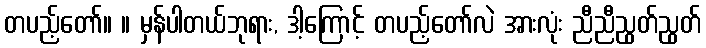
တပည့်တော်။ ။ မှန်ပါတယ်ဘုရား, ဒါ့ကြောင့် တပည့်တော်လဲ အားလုံး ညီညီညွတ်ညွတ်